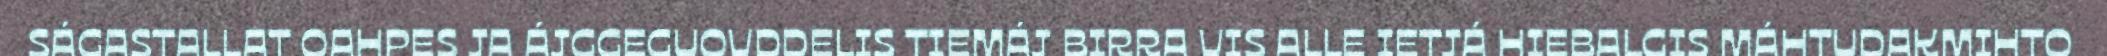
SÁGASTALLAT OAHPES JA ÁJGGEGUOVDDELIS TIEMÁJ BIRRA VIS ALLE IETJÁ HIEBALGIS MÁHTUDAKMIHTO